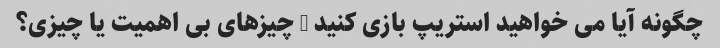
چگونه آیا می خواهید استریپ بازی کنید - چیزهای بی اهمیت یا چیزی؟